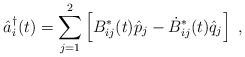
\begin{align*}\hat{a}_i^\dag(t)=\sum_{j=1}^2 \left[B_{ij}^\ast(t)\hat{p}_j-\dot{B}_{ij}^\ast(t)\hat{q}_j \right]\;,\end{align*}